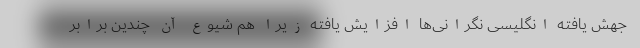
جهش یافته انگلیسی نگرانی‌ها افزایش یافته زیرا هم شیوع آن چندین برابر